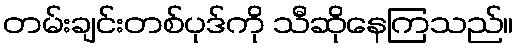
တမ်းချင်းတစ်ပုဒ်ကို သီဆိုနေကြသည်။